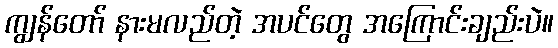
ကျွန်တော် နားမလည်တဲ့ အပင်တွေ အကြောင်းချည်းပဲ။